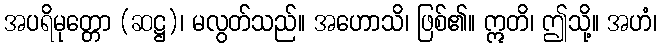
အပရိမုတ္တော (ဆဋ္ဌ)၊ မလွတ်သည်။ အဟောသိ၊ ဖြစ်၏။ ဣတိ၊ ဤသို့။ အဟံ၊